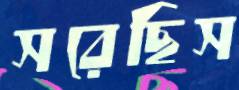
সরেছিস